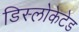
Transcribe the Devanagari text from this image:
डिस्लोकेटेड